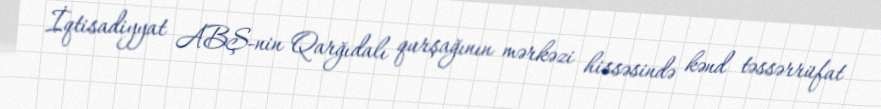
İqtisadiyyat ABŞ-nin Qarğıdalı qurşağının mərkəzi hissəsində kənd təssərrüfat